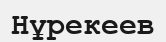
Нұрекеев